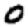
Digit: 0